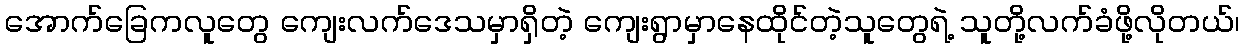
အောက်ခြေကလူတွေ ကျေးလက်ဒေသမှာရှိတဲ့ ကျေးရွာမှာနေထိုင်တဲ့သူတွေရဲ့ သူတို့လက်ခံဖို့လိုတယ်၊